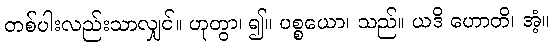
တစ်ပါးလည်းသာလျှင်။ ဟုတွာ၊ ၍။ ပစ္စယော၊ သည်။ ယဒိ ဟောတိ၊ အံ့။